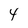
Character: 4